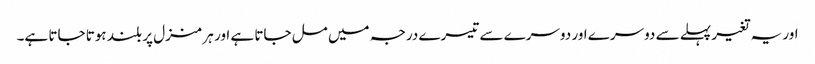
اور یہ تغیر پہلے سے دوسرے اور دوسرے سے تیسرے درجہ میں مل جاتا ہے اور ہر منزل پر بلند ہوتا جاتا ہے۔